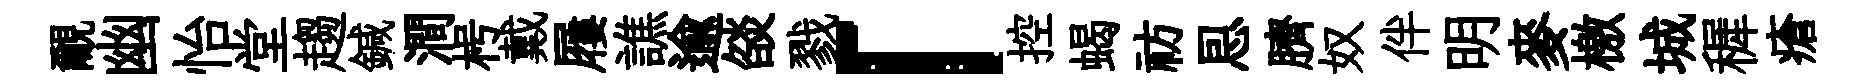
覼幽怡堂趨鍼澗枵戴屨譙逾燄戮「控蝎祊㤙臍奴伴明麥檄城穉瘡